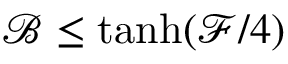
{ \mathcal B } \le \operatorname { t a n h } ( \mathcal { F } / 4 )